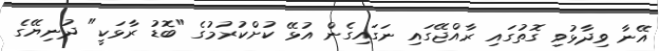
އޭނާ ވިދާޅުވި ގޮތުގައި ރާއްޖޭގައި ނަގައިގެން އުޅޭ ކުށްކުރުމުގެ "ބޮޑު ރާޅަކީ" ދުނިޔޭގެ